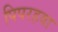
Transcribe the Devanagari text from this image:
पिपरहवा